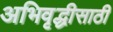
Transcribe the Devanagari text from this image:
अभिवृद्धीसाठी